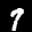
Label: 7